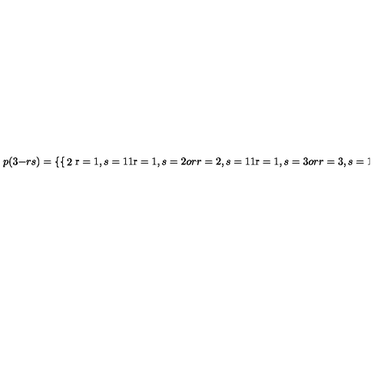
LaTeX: p ( 3 - r s ) = \left\{ \begin{cases} { 2 } & { \mathrm { r } = 1 , s = 1 } \\ { 1 } & { \mathrm { r } = 1 , s = 2 o r r = 2 , s = 1 } \\ { 1 } & { \mathrm { r } = 1 , s = 3 o r r = 3 , s = 1 } \\ \end{cases} \right. ,